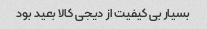
بسیار بی کیفیت از دیجی کالا بعید بود